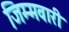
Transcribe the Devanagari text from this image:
जिम्मवारी